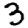
Digit: 3